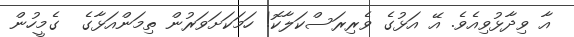
އާ ވިދާޅުވިއެވެ. އޭ އަޅުގެ ވެރިރަސްކަލާކޮ! ހަމަކަށަވަރުން ތިމަންއަޅާގެ  ގެމީހުން